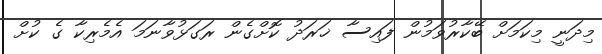
މިދަނީ މިކަމަށް ބޭކާރުވަމުން ފައިސާ ޚަރަދު ކޮށްގެން ރަގަޅުވާނަމަ އެމެރިކާ ގެ ކުށް